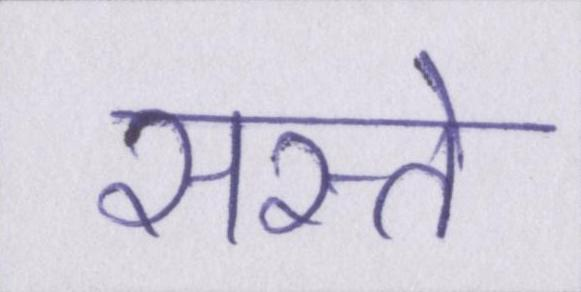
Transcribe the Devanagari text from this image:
सस्ते